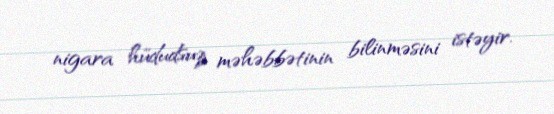
nigara hüdudsuz məhəbbətinin bilinməsini istəyir.